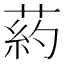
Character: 葯